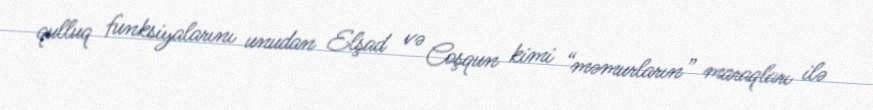
qulluq funksiyalarını unudan Elşad və Coşqun kimi “məmurların” maraqları ilə